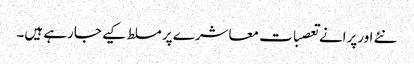
نئے اورپرانے تعصبات معاشرے پر مسلط کیے جارہے ہیں۔